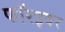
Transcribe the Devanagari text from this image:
फॉरइवर